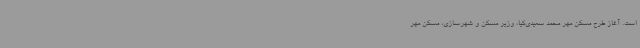
است. آغاز طرح مسکن مهر محمد سعیدی‌کیا، وزیر مسکن و شهرسازی، مسکن مهر